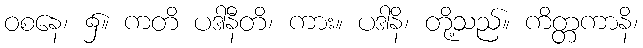
ဝစနေ၊ ၌။ ကတိ ပဒါနီတိ၊ ကား။ ပဒါနိ၊ တို့သည်။ ကိတ္တကာနိ၊